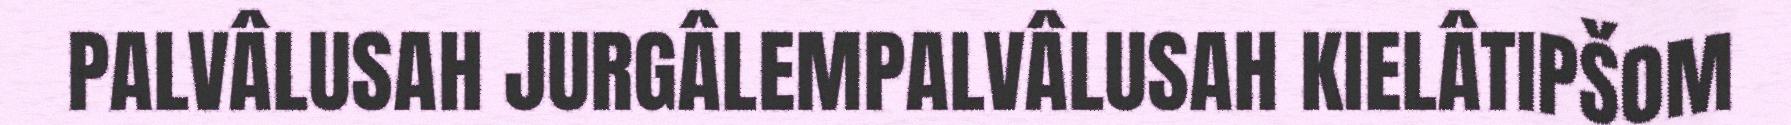
PALVÂLUSAH JURGÂLEMPALVÂLUSAH KIELÂTIPŠOM